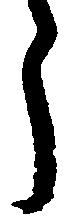
う